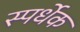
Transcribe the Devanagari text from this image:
स्पर्धेक